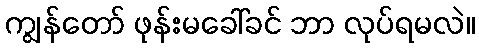
ကျွန်တော် ဖုန်းမခေါ်ခင် ဘာ လုပ်ရမလဲ။